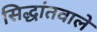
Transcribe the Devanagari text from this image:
सिद्धांतवाले